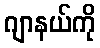
ဂျာနယ်ကို